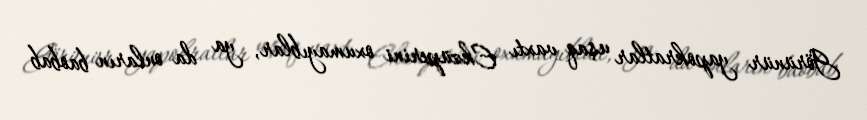
Görünür yapokratlar uşaq vaxtı Ekzüperini oxumayıblar, ya da onların baobab